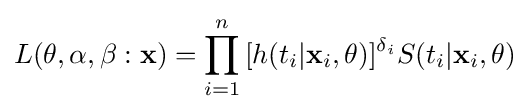
L(\mathbf {\theta } ,\alpha ,\beta :{\mathbf {x} })=\prod _{i=1}^{n}{[h(t_{i}|\mathbf {x} _{i},\mathbf {\theta } )]^{\delta _{i}}S(t_{i}|\mathbf {x} _{i},\mathbf {\theta } )}